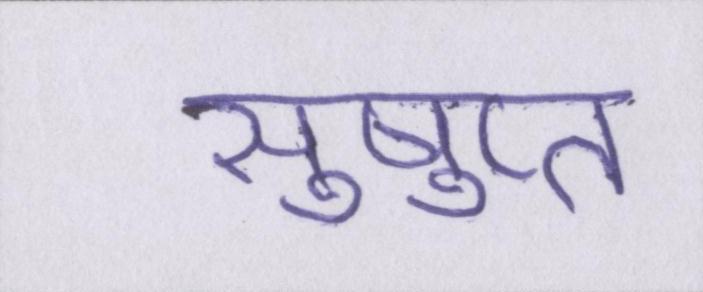
सुषुप्त